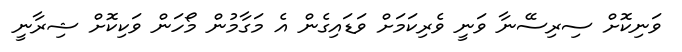
ވަނިކޮށް ސިރިސޭނާ ވަނީ ވެރިކަމަށް ވަޑައިގެން އެ މަގާމުން މޯހަން ވަކިކޮށް ޝިރާނީ